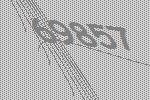
69857